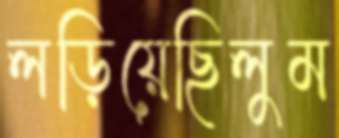
লড়িয়েছিলুম